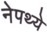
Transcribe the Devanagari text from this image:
नेपथ्ये